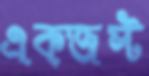
এক্জস্ট